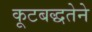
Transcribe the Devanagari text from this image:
कूटबद्धतेने